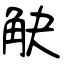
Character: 觖